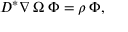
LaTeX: D ^ { * } \nabla \: \Omega \: \Phi = \rho \: \Phi ,